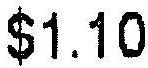
$1.10